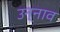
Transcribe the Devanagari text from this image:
उन्‍नाव